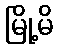
မြို့မိ